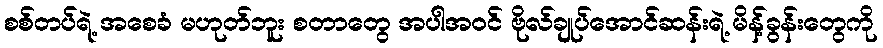
စစ်တပ်ရဲ့ အစေခံ မဟုတ်ဘူး စတာတွေ အပါအဝင် ဗိုလ်ချုပ်အောင်ဆန်းရဲ့ မိန့်ခွန်းတွေကို